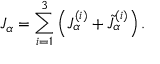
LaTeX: J _ { \alpha } = \sum _ { i = 1 } ^ { 3 } \left( J _ { \alpha } ^ { ( i ) } + \tilde { J } _ { \alpha } ^ { ( i ) } \right) .